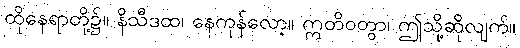
ထိုနေရာတို့၌။ နိသီဒထ၊ နေကုန်လော့။ ဣတိဝတွာ၊ ဤသို့ဆိုလျက်။